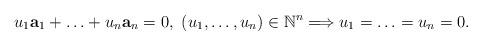
LaTeX: \begin{align*} u_1 \mathbf{a}_1 + \ldots + u_n \mathbf{a}_n = 0,\ (u_1, \ldots, u_n) \in \mathbb{N}^n \Longrightarrow u_1 = \ldots = u_n = 0.\end{align*}